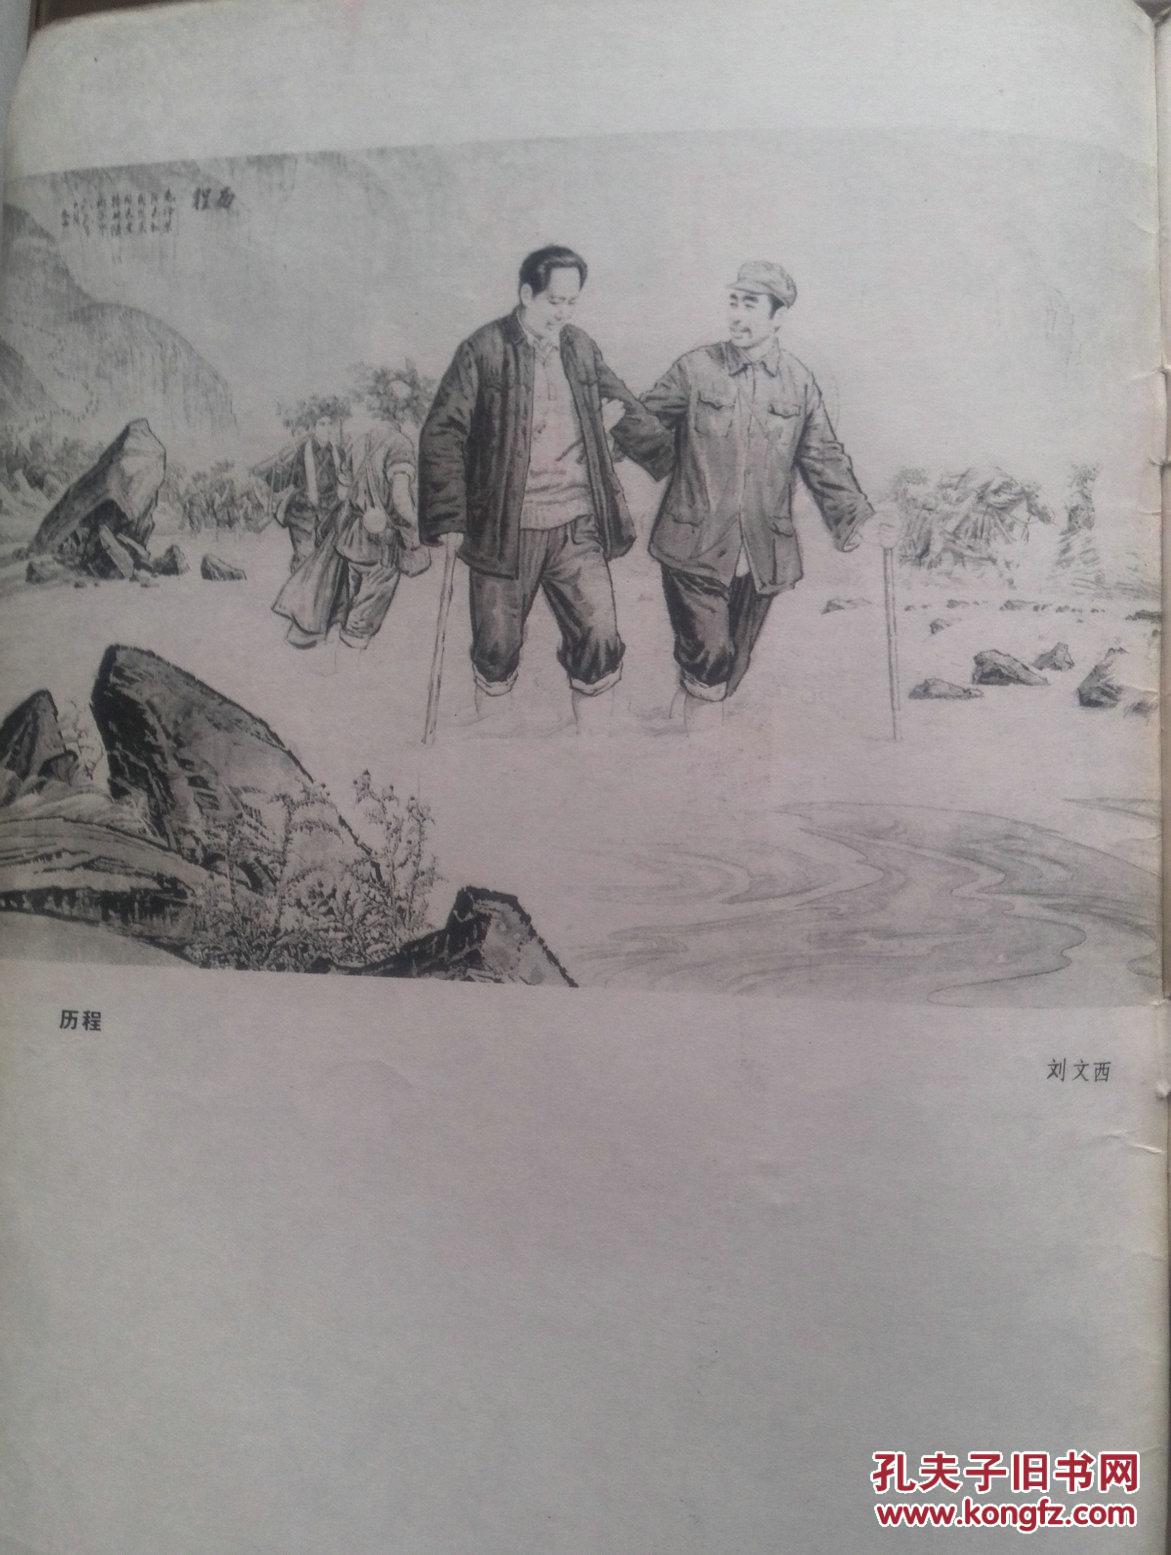
不用凭栏苦回首，故乡七十五长亭。